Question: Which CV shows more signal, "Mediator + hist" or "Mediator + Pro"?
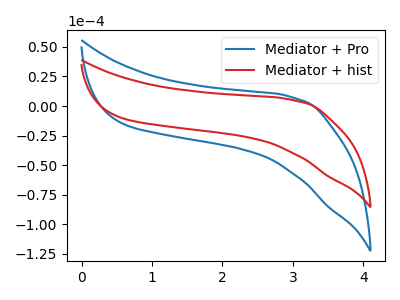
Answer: <think>The blue curve "Mediator + Pro" has no peaks. The red curve "Mediator + hist" has no peaks.
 Neither "Mediator + hist" or "Mediator + Pro" have any peaks.</think>
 <answer>I cant tell if "Mediator + hist" or "Mediator + Pro" has more signal.</answer>
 <eval>mixed_signal</eval>